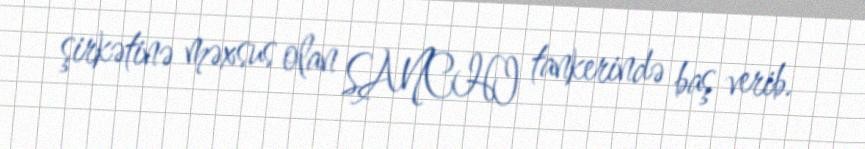
şirkətinə məxsus olan SANCHI tankerində baş verib.